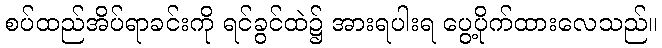
စပ်ထည်အိပ်ရာခင်းကို ရင်ခွင်ထဲ၌ အားရပါးရ ပွေ့ပိုက်ထားလေသည်။